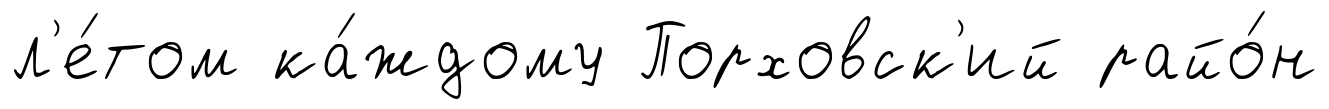
л'е́том ка́ждому Порховск'ий райо́н